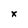
Character: x